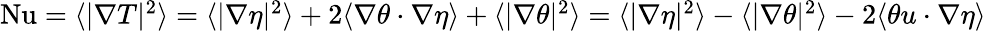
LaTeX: \begin{array}{r}{\mathrm{{Nu}}=\langle|\nabla T|^{2}\rangle=\langle|\nabla\eta|^{2}\rangle+2\langle\nabla\theta\cdot\nabla\eta\rangle+\langle|\nabla\theta|^{2}\rangle=\langle|\nabla\eta|^{2}\rangle-\langle|\nabla\theta|^{2}\rangle-2\langle\theta u\cdot\nabla\eta\rangle}\end{array}